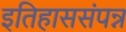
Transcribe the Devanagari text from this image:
इतिहाससंपन्न